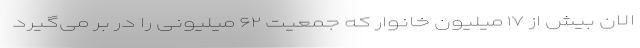
الان بیش از ۱۷ میلیون خانوار که جمعیت ۶۲ میلیونی را در بر می‌گیرد